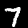
Digit: 7